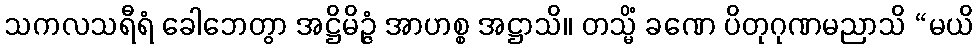
သကလသရီရံ ခေါဘေတွာ အဋ္ဌိမိဉ္ဇံ အာဟစ္စ အဋ္ဌာသိ။ တသ္မိံ ခဏေ ပိတုဂုဏမညာသိ “မယိ